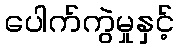
ပေါက်ကွဲမှုနှင့်